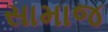
સામાજ